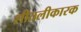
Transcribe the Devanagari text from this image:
शीतलीकारक